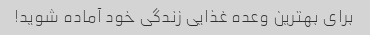
برای بهترین وعده غذایی زندگی خود آماده شوید!